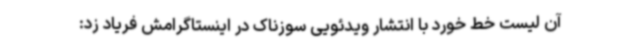
آن لیست خط خورد با انتشار ویدئویی سوزناک در اینستاگرامش فریاد زد: